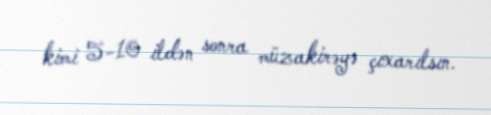
kimi 5-10 ildən sonra müzakirəyə çıxarılsın.